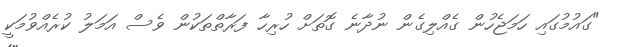
"ގައުމުގައި ހަމަޖެހުން ގެއްލިގެން ނުދާނެ ގޮތަށް ހުރިހާ ފަރާތްތަކުން ވެސް އަމަލު ކުރެއްވުމަކީ